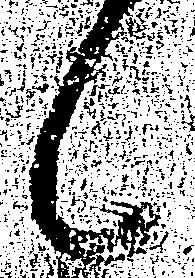
候